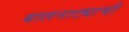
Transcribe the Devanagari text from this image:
बालनाट्याची